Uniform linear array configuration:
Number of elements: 32
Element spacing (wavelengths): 0.25
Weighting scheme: kaiser
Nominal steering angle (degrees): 30
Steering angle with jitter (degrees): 28.262
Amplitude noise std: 0.05
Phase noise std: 0.05

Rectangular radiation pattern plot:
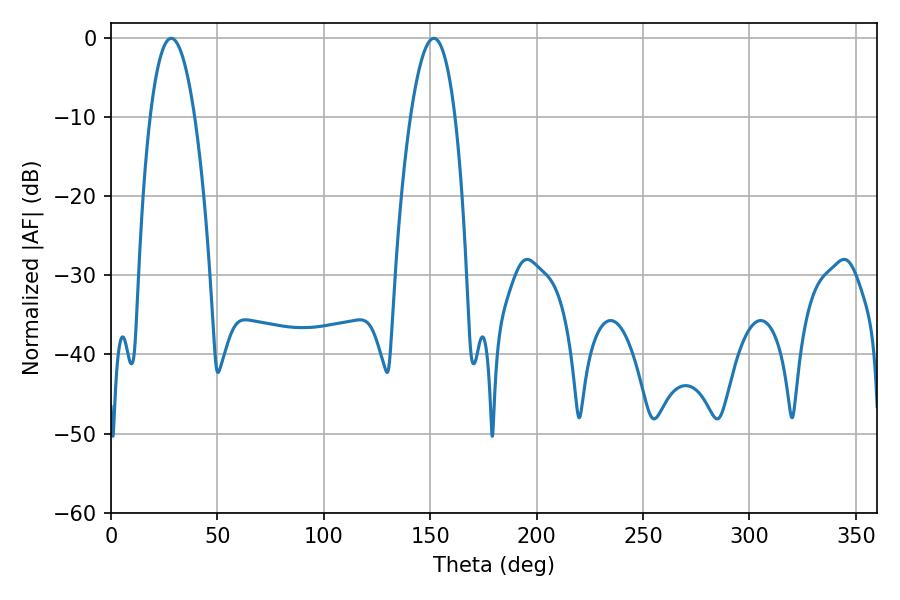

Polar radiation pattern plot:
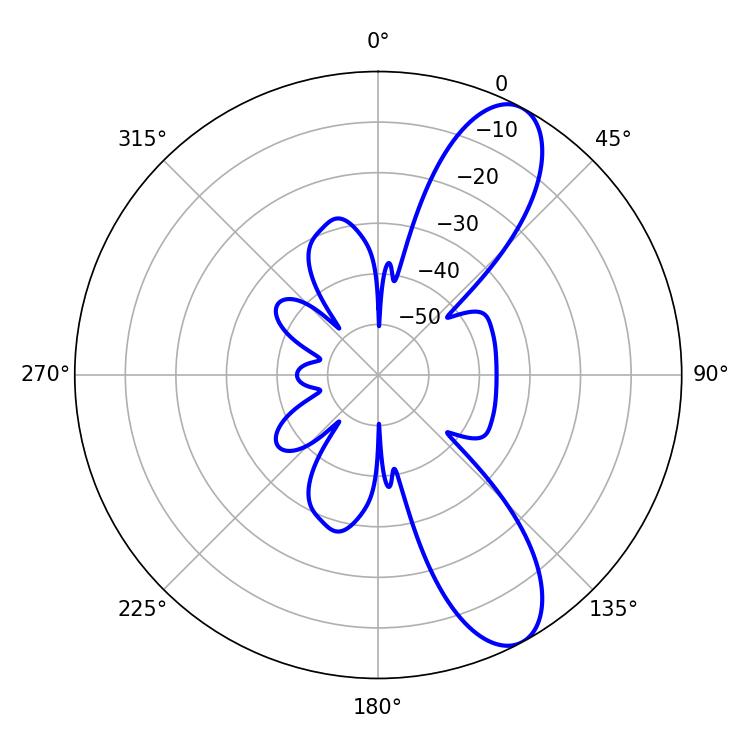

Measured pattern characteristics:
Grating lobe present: FALSE
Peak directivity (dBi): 9.863
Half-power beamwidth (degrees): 11.52
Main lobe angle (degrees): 28.26